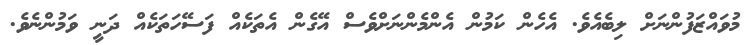
މުވައްޒަފުންނަށް ލިބެއެވެ. އެހެން ކަމުން އެންމެންނަށްވެސް އޭގެން އެތަކެއް ފަސޭހަތަކެއް ދަނީ ވަމުންނެވެ.